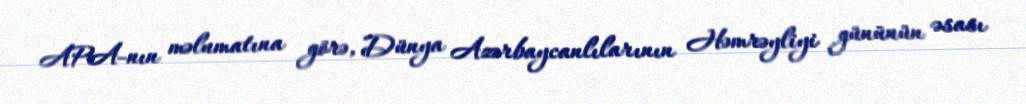
APA-nın məlumatına görə, Dünya Azərbaycanlılarının Həmrəyliyi gününün əsası